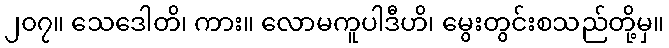
၂၀၇။ သေဒေါတိ၊ ကား။ လောမကူပါဒီဟိ၊ မွေးတွင်းစသည်တို့မှ။